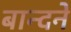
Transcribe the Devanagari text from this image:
बान्दने